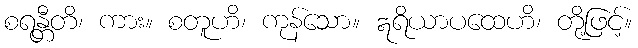
စရန္တီတိ၊ ကား။ စတူဟိ၊ ကုန်သော။ ဣရိယာပထေဟိ၊ တို့ဖြင့်။